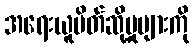
အရေးယူပိတ်ဆို့မှုများကို